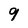
Character: 9